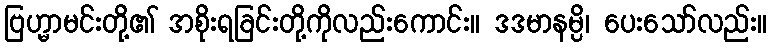
ဗြဟ္မာမင်းတို့၏ အစိုးရခြင်းတို့ကိုလည်းကောင်း။ ဒဒမာနမ္ပိ၊ ပေးသော်လည်း။